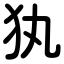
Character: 犱